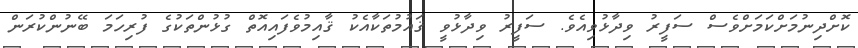
ކޮށްދިނުމަށްކަމަށްވެސް ސަފީރު ވިދާޅުވިއެވެ. ސަފީރު ވިދާޅުވީ ޤައުމުތަކާއެކު ޤާއިމުވެފައިއޮތް ގުޅުންތަކުގެ ފުރިހަމަ ބޭނުންކުރަން